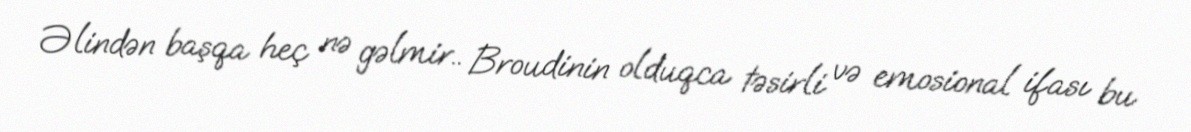
Əlindən başqa heç nə gəlmir.. Broudinin olduqca təsirli və emosional ifası bu